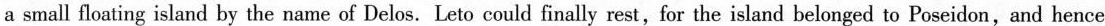
a small floating island by the name of Delos.Leto could finally rest,for the island belonged to Poseidon,and hence